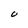
Character: U